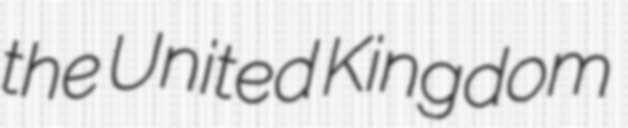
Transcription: the United Kingdom